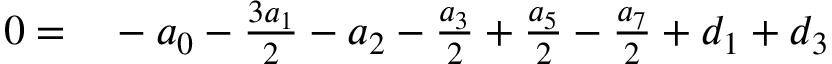
\begin{array} { r l } { 0 = } & { { } - a _ { 0 } - \frac { 3 a _ { 1 } } { 2 } - a _ { 2 } - \frac { a _ { 3 } } { 2 } + \frac { a _ { 5 } } { 2 } - \frac { a _ { 7 } } { 2 } + d _ { 1 } + d _ { 3 } } \end{array}